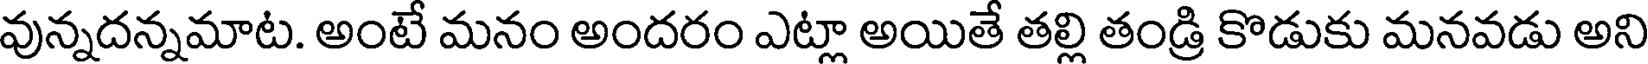
వున్నదన్నమాట. అంటే మనం అందరం ఎట్లా అయితే తల్లి తండ్రి కొడుకు మనవడు అని